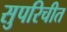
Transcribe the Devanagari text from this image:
सुपरिचीत